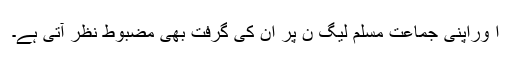
ا وراپنی جماعت مسلم لیگ ن پر ان کی گرفت بھی مضبوط نظر آتی ہے۔